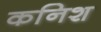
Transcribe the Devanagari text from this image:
कनिश